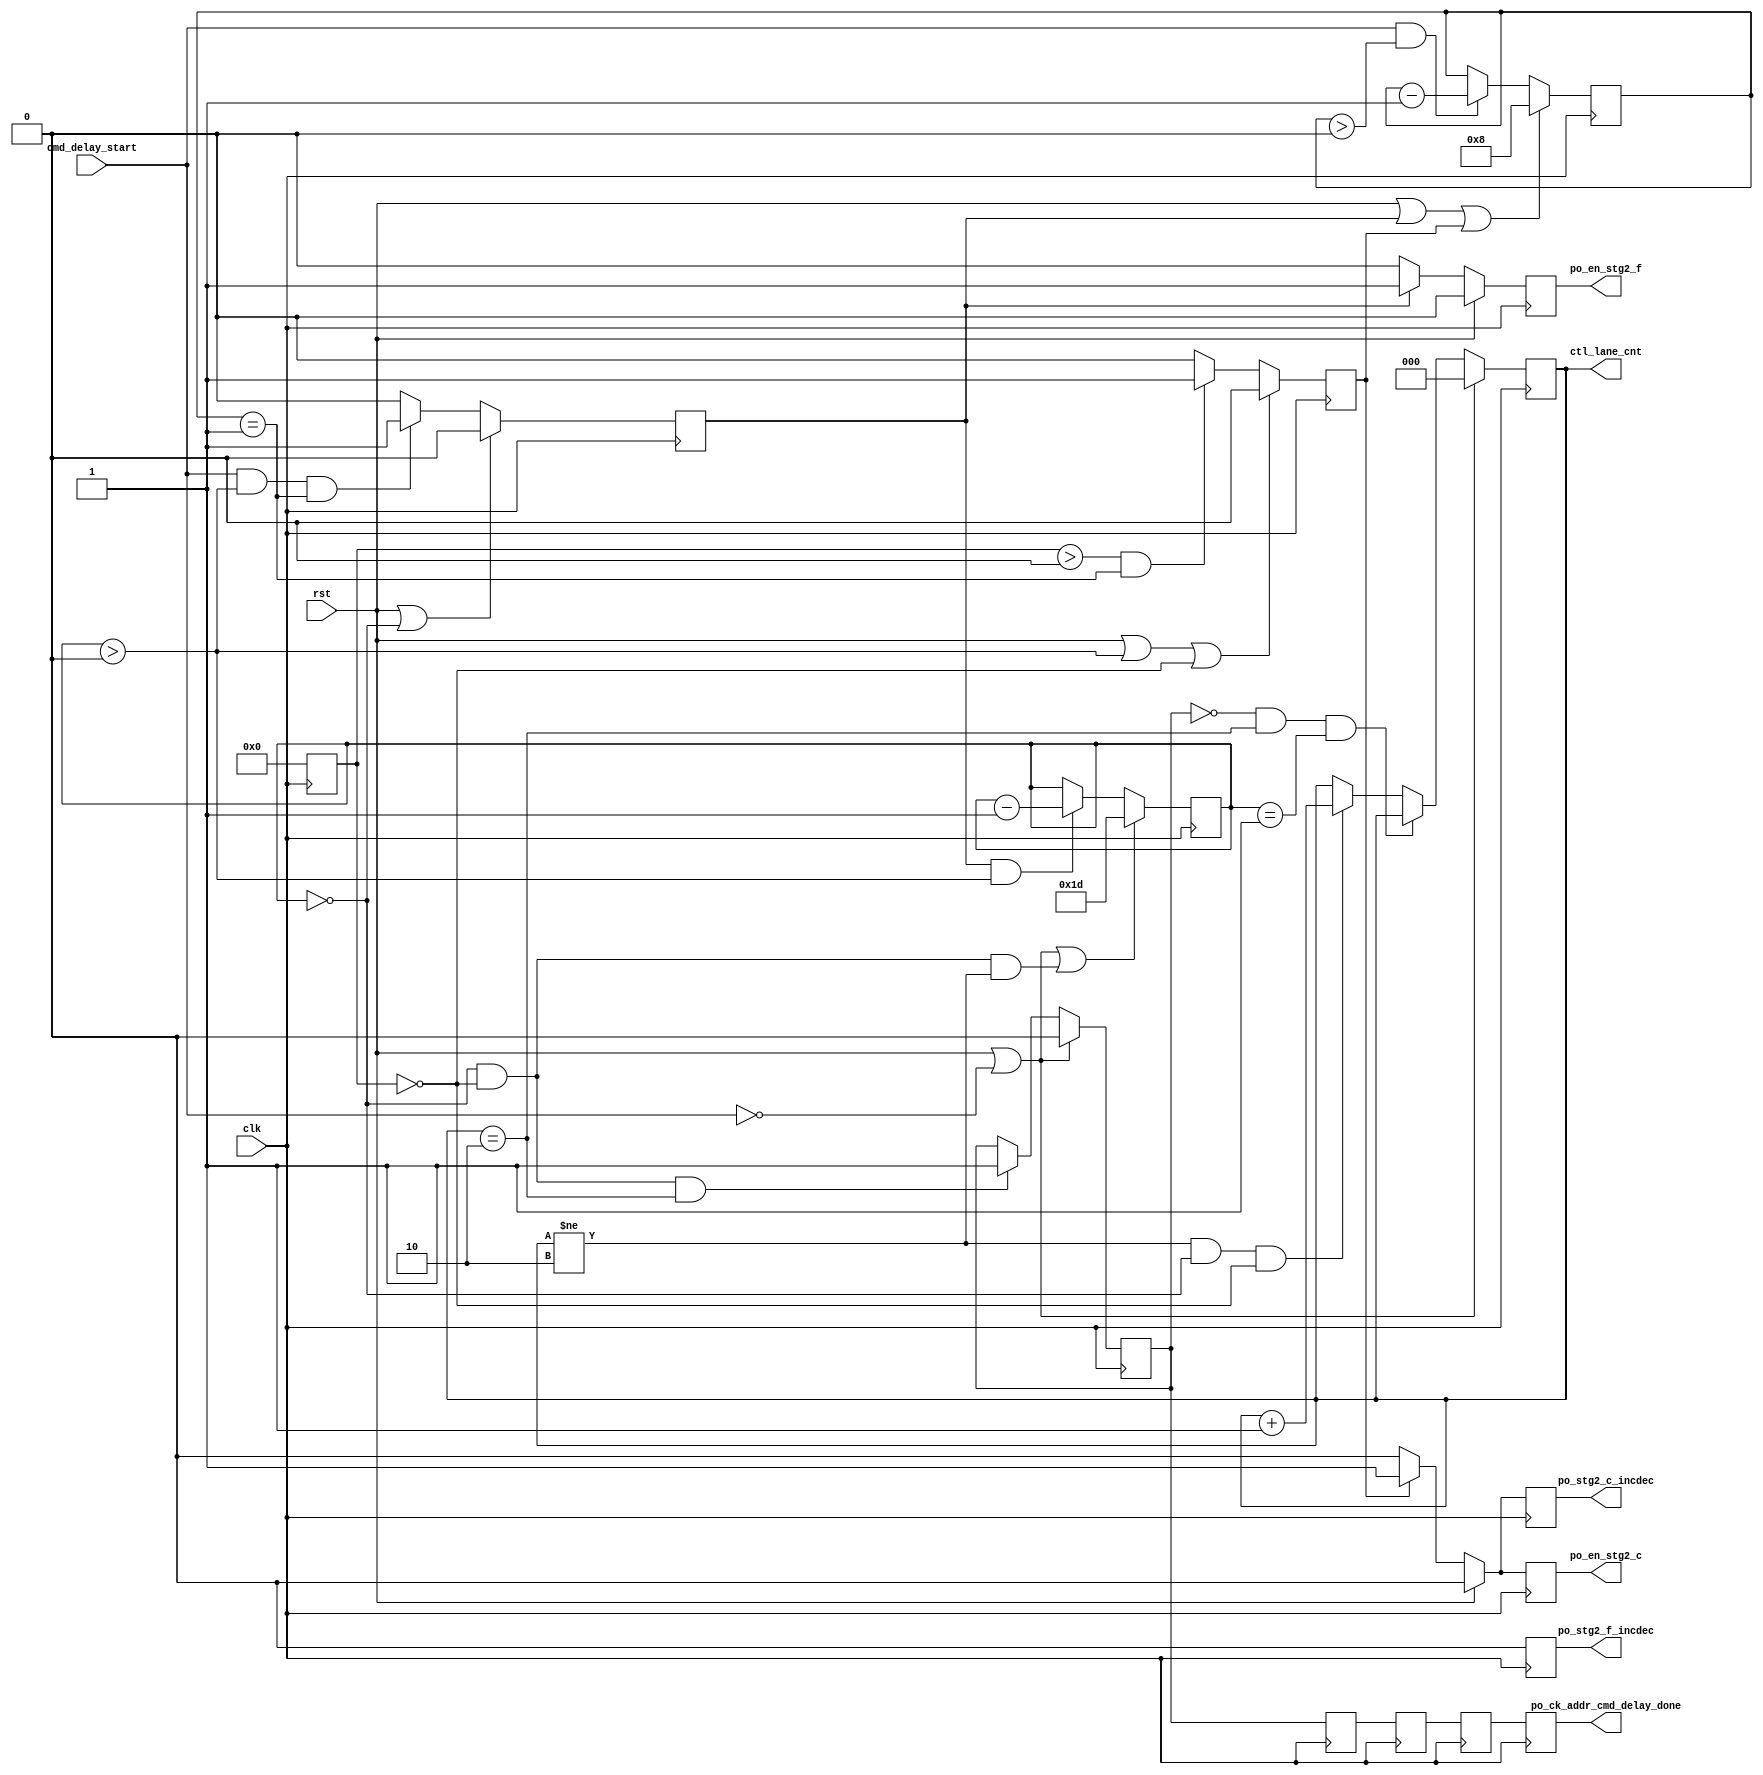
module mig_7series_v2_3_ddr_phy_ck_addr_cmd_delay #
  (
   parameter TCQ            = 100,
   parameter tCK            = 3636,
   parameter DQS_CNT_WIDTH  = 3,
   parameter N_CTL_LANES    = 3,
   parameter SIM_CAL_OPTION = "NONE"
   )
  (
   input                        clk,
   input                        rst,
   input                        cmd_delay_start,
   output reg [N_CTL_LANES-1:0] ctl_lane_cnt,
   output reg       po_stg2_f_incdec,
   output reg       po_en_stg2_f,
   output reg       po_stg2_c_incdec,
   output reg       po_en_stg2_c,
   output           po_ck_addr_cmd_delay_done
   );
   localparam TAP_CNT_LIMIT = 63;
   localparam FREQ_REF_DIV           = (tCK > 5000 ? 4 : 
                                        tCK > 2500 ? 2 : 1);
   localparam integer PHASER_TAP_RES = ((tCK/2)/64);
   localparam CALC_TAP_CNT = (tCK >= 1250) ? 350 : 300;
   localparam TAP_CNT = 0;
   localparam TAP_DEC = (SIM_CAL_OPTION == "FAST_CAL") ? 0 : 29;
   reg       delay_dec_done;
   reg       delay_done_r1;
   reg       delay_done_r2;
   reg       delay_done_r3;
   reg       delay_done_r4 ;
   reg [5:0] delay_cnt_r;
   reg [5:0] delaydec_cnt_r;
   reg       po_cnt_inc;
   reg       po_cnt_dec;
   reg [3:0] wait_cnt_r;
   assign po_ck_addr_cmd_delay_done = ((TAP_CNT == 0) && (TAP_DEC == 0)) ? 1'b1 : delay_done_r4; 
   always @(posedge clk) begin
     if (rst || po_cnt_dec || po_cnt_inc)
       wait_cnt_r <= #TCQ 'd8;
     else if (cmd_delay_start && (wait_cnt_r > 'd0))
       wait_cnt_r <= #TCQ wait_cnt_r - 1;
   end
   always @(posedge clk) begin
     if (rst || (delaydec_cnt_r > 6'd0) || (delay_cnt_r == 'd0) || (TAP_DEC == 0))
       po_cnt_inc      <= #TCQ 1'b0;
     else if ((delay_cnt_r > 'd0) && (wait_cnt_r == 'd1))
       po_cnt_inc      <= #TCQ 1'b1;
     else 
       po_cnt_inc      <= #TCQ 1'b0;
   end
   always @(posedge clk) begin
     if (rst || (delaydec_cnt_r == 'd0))
       po_cnt_dec      <= #TCQ 1'b0;
     else if (cmd_delay_start && (delaydec_cnt_r > 'd0) && (wait_cnt_r == 'd1))
       po_cnt_dec      <= #TCQ 1'b1;
     else 
       po_cnt_dec      <= #TCQ 1'b0;
   end
   always @(posedge clk) begin
     if (rst) begin
       po_stg2_f_incdec <= #TCQ 1'b0;
       po_en_stg2_f     <= #TCQ 1'b0;
       po_stg2_c_incdec <= #TCQ 1'b0;
       po_en_stg2_c     <= #TCQ 1'b0;
     end else begin
       if (po_cnt_dec) begin
         po_stg2_f_incdec <= #TCQ 1'b0;
         po_en_stg2_f     <= #TCQ 1'b1;
       end else begin
         po_stg2_f_incdec <= #TCQ 1'b0;
         po_en_stg2_f     <= #TCQ 1'b0;
       end
       if (po_cnt_inc) begin
         po_stg2_c_incdec <= #TCQ 1'b1;
         po_en_stg2_c     <= #TCQ 1'b1;
       end else begin
         po_stg2_c_incdec <= #TCQ 1'b0;
         po_en_stg2_c     <= #TCQ 1'b0;
       end
     end
   end
   always @(posedge clk) begin  
     if (rst || (tCK > 2500) || (SIM_CAL_OPTION == "FAST_CAL"))
       delay_cnt_r  <= #TCQ 'd0;
     else if ((delaydec_cnt_r > 6'd0) ||((delay_cnt_r == 6'd0) && (ctl_lane_cnt != N_CTL_LANES-1)))
       delay_cnt_r  <= #TCQ 'd1;
     else if (po_cnt_inc && (delay_cnt_r > 6'd0))
       delay_cnt_r  <= #TCQ delay_cnt_r - 1;
   end
   always @(posedge clk) begin  
     if (rst || ~cmd_delay_start ||((delaydec_cnt_r == 6'd0) && (delay_cnt_r == 6'd0) && (ctl_lane_cnt != N_CTL_LANES-1)))
       delaydec_cnt_r  <= #TCQ TAP_DEC;
     else if (po_cnt_dec && (delaydec_cnt_r > 6'd0))
       delaydec_cnt_r  <= #TCQ delaydec_cnt_r - 1;
   end
   always @(posedge clk) begin
     if (rst || ~cmd_delay_start )
       ctl_lane_cnt <= #TCQ 6'b0;
     else if (~delay_dec_done && (ctl_lane_cnt == N_CTL_LANES-1) && (delaydec_cnt_r == 6'd1))
       ctl_lane_cnt <= #TCQ ctl_lane_cnt;
     else if ((ctl_lane_cnt != N_CTL_LANES-1) && (delaydec_cnt_r == 6'd0) && (delay_cnt_r == 'd0))
       ctl_lane_cnt <= #TCQ ctl_lane_cnt + 1;
   end
   always @(posedge clk) begin
     if (rst || ~cmd_delay_start)  begin
       delay_dec_done    <= #TCQ 1'b0;
     end else if (((TAP_CNT == 0) && (TAP_DEC == 0)) || 
                 ((delaydec_cnt_r == 6'd0) && (delay_cnt_r == 'd0) && (ctl_lane_cnt == N_CTL_LANES-1))) begin
       delay_dec_done    <= #TCQ 1'b1;
     end
   end
   always @(posedge clk) begin
     delay_done_r1 <= #TCQ delay_dec_done;
     delay_done_r2 <= #TCQ delay_done_r1;
     delay_done_r3 <= #TCQ delay_done_r2;
     delay_done_r4 <= #TCQ delay_done_r3;
   end
endmodule